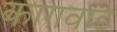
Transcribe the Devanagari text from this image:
कागवाड